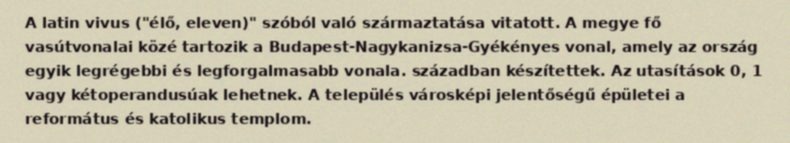
A latin vivus ("élő, eleven)" szóból való származtatása vitatott. A megye fő vasútvonalai közé tartozik a Budapest-Nagykanizsa-Gyékényes vonal, amely az ország egyik legrégebbi és legforgalmasabb vonala. században készítettek. Az utasítások 0, 1 vagy kétoperandusúak lehetnek. A település városképi jelentőségű épületei a református és katolikus templom.